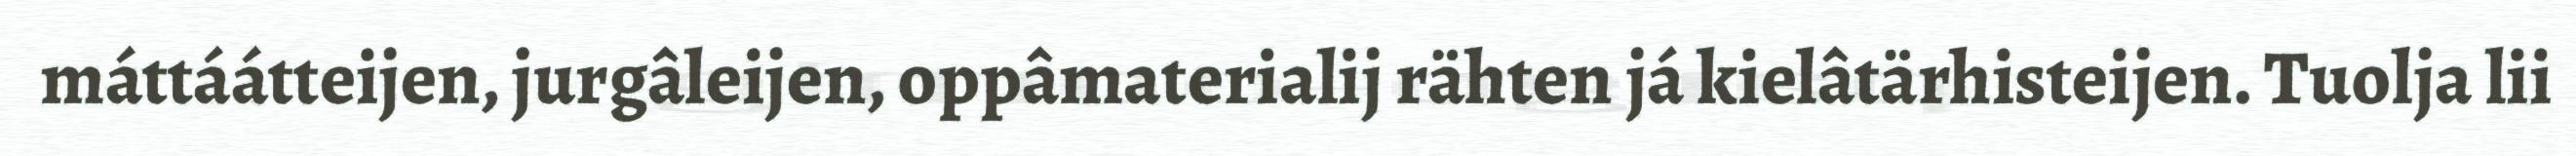
máttáátteijen, jurgâleijen, oppâmaterialij rähten já kielâtärhisteijen. Tuolja lii